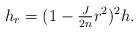
LaTeX: \begin{align*} h_r=(1-\tfrac{J}{2n}r^2)^2h.\end{align*}